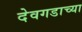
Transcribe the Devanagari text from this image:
देवगडाच्या